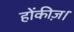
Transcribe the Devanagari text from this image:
होंकीज़।